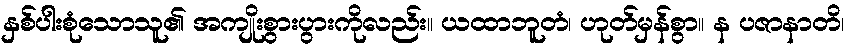
နှစ်ပါးစုံသောသူ၏ အကျိုးစွားပွားကိုလည်း။ ယထာဘူတံ၊ ဟုတ်မှန်စွာ။ န ပဇာနာတိ၊